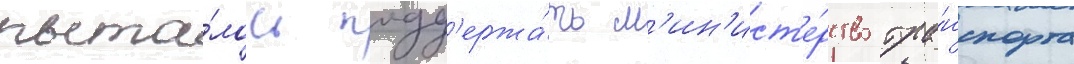
пыта́лось подд'ержа́ть м'ин'ист'е́рство тра́нспорта